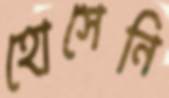
হোসেনি